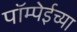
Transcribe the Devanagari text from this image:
पॉम्पेईच्या